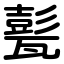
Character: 甏